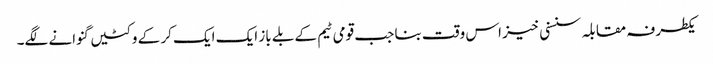
یکطرفہ مقابلہ سنسنی خیز اس وقت بنا جب قومی ٹیم کے بلے باز ایک ایک کر کے وکٹیں گنوانے لگے۔